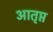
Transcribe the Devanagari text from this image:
आतृप्त